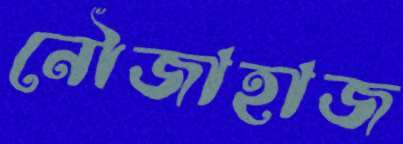
নৌজাহাজ